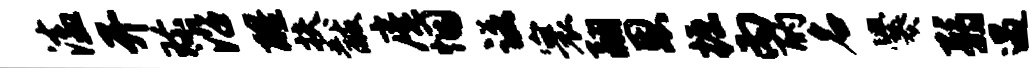
溘开珍沿醒扶黻庵悃诺寰翮恩掘丙酌名爨弱遇